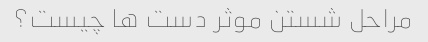
مراحل شستن موثر دست ها چیست؟